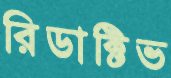
রিডাক্টিভ